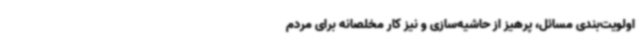
اولویت‌بندی مسائل، پرهیز از حاشیه‌سازی و نیز کار مخلصانه برای مردم